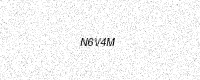
Text: N6V4M